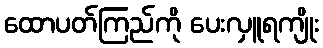
ထောပတ်ကြည်ကို ပေးလှူရကျိုး